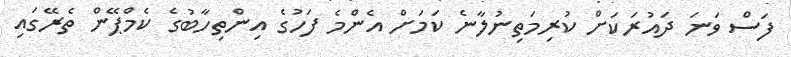
ފަސް ވަނަ ދައުރަކަށް ކުރިމަތިނުލާނެ ކަމަށް އެންމެ ފަހުގެ އިންތިހާބުގެ ކެމްޕޭން ތެރޭގައި